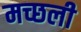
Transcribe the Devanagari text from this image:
मच्छली